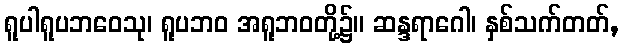
ရူပါရူပဘဝေသု၊ ရူပဘဝ အရူဘဝတို့၌။ ဆန္ဒရာဂေါ၊ နှစ်သက်တတ်,